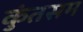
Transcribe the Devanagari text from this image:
कुंतसम